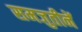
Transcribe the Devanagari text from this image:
समजुतीनें